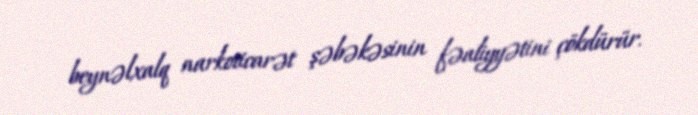
beynəlxalq narkoticarət şəbəkəsinin fəaliyyətini çökdürür.